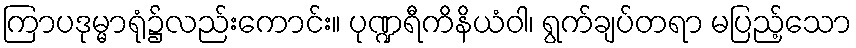
ကြာပဒုမ္မာရုံ၌လည်းကောင်း။ ပုဏ္ဍရီကိနိယံဝါ၊ ရွက်ချပ်တရာ မပြည့်သော